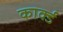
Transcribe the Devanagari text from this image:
कार्क्ड